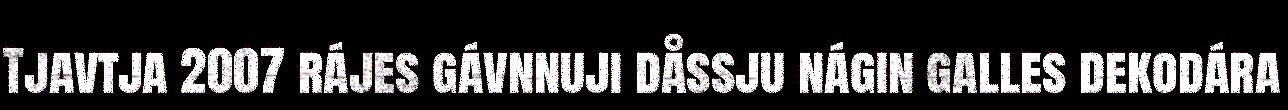
Tjavtja 2007 rájes gávnnuji dåssju nágin galles dekodára